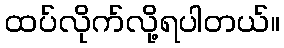
ထပ်လိုက်လို့ရပါတယ်။